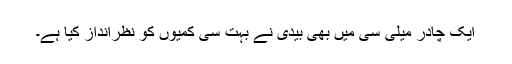
ایک چادر میلی سی میں بھی بیدی نے بہت سی کمیوں کو نظرانداز کیا ہے۔